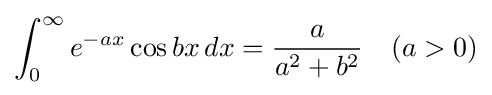
\int _{0}^{\infty }e^{-ax}\cos bx\,dx={\frac {a}{a^{2}+b^{2}}}\quad (a>0)